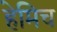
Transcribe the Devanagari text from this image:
हेमिच